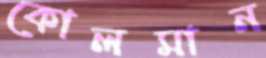
কোলমান